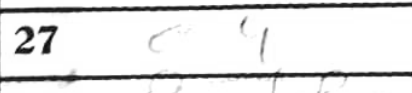
Transcription: c4